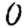
Digit: 0